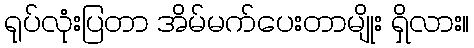
ရုပ်လုံးပြတာ အိမ်မက်ပေးတာမျိုး ရှိလား။